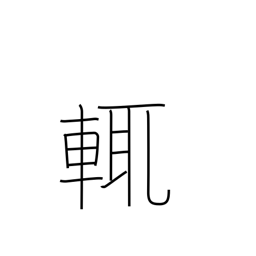
Meaning: i.e.